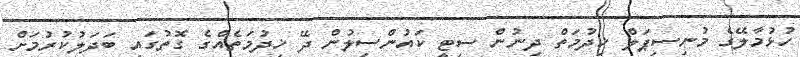
ހުޅުމާލޭގެ މުނިސިޕަލް ޚިދުމަތް ދިނުން ސިޓީ ކައުންސިލުން ދޭ ޚިދުމަތެއްގެ ގޮތުގައި ބަދަލުކުރުމަށް